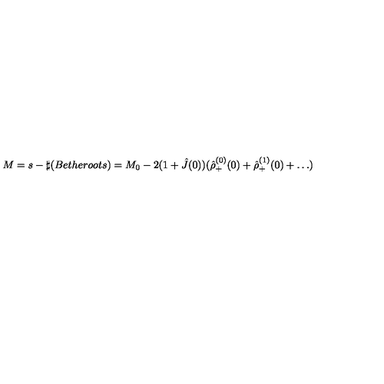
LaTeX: M = s - \sharp ( B e t h e r o o t s ) = M _ { 0 } - 2 ( 1 + \hat { J } ( 0 ) ) ( \hat { \rho } _ { + } ^ { ( 0 ) } ( 0 ) + \hat { \rho } _ { + } ^ { ( 1 ) } ( 0 ) + \dots )